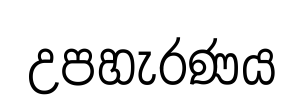
උපහැරණය